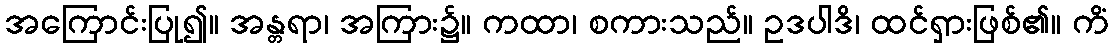
အကြောင်းပြု၍။ အန္တရာ၊ အကြား၌။ ကထာ၊ စကားသည်။ ဥဒပါဒိ၊ ထင်ရှားဖြစ်၏။ ကိံ